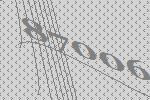
87006